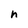
Character: h